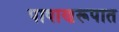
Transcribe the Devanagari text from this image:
पाषाणरूपात